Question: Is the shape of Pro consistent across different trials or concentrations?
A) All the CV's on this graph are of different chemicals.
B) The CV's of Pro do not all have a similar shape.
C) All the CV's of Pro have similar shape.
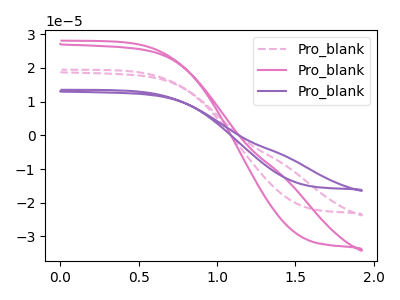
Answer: <think>The pink dashed curve "Pro_blank1" has no peaks. The pink curve "Pro_blank2" has no peaks. The purple curve "Pro_blank3" has no peaks.
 Neither "Pro_blank1" or "Pro_blank2" have any peaks. Neither "Pro_blank1" or "Pro_blank3" have any peaks. Neither "Pro_blank2" or "Pro_blank3" have any peaks.</think>
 <answer>C) All the CV's of "Pro" have similar shape.</answer>
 <eval>C</eval>